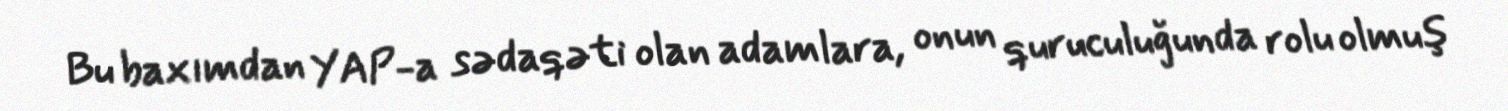
Bu baxımdan YAP-a sədaqəti olan adamlara, onun quruculuğunda rolu olmuş